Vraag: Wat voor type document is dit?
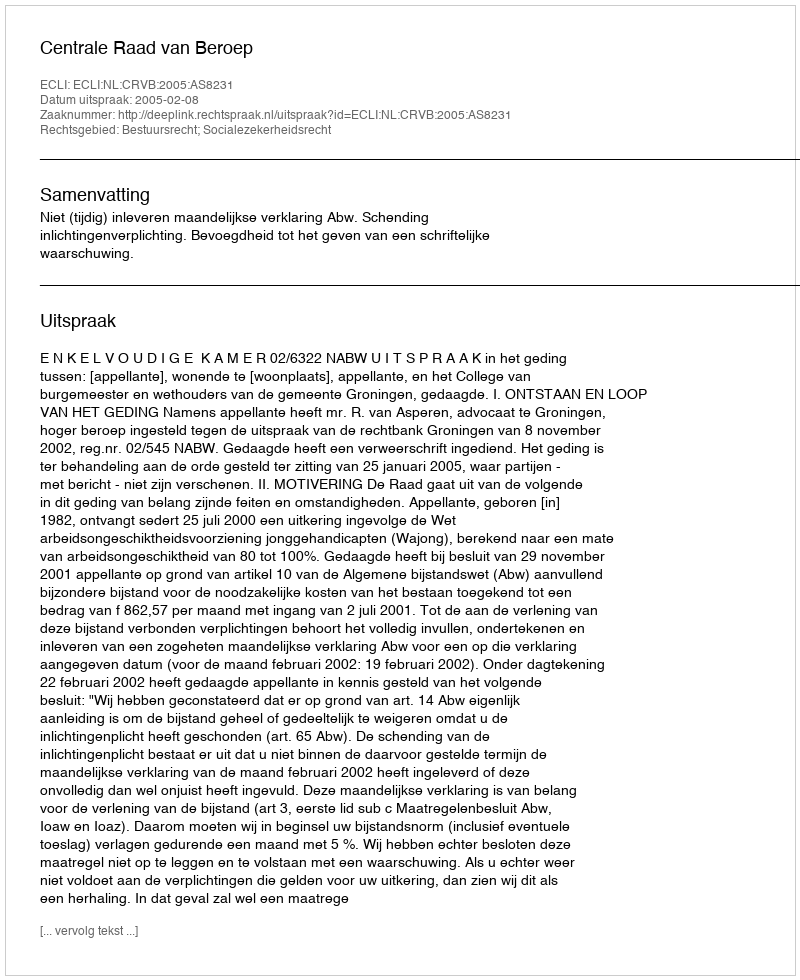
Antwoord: Uitspraak